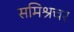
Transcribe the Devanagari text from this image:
समिश्रचर